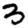
Digit: 3